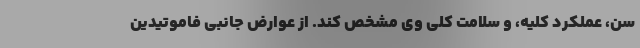
سن، عملکرد کلیه، و سلامت کلی وی مشخص کند. از عوارض جانبی فاموتیدین